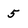
Character: 5